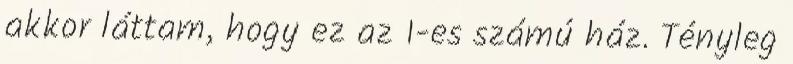
akkor láttam, hogy ez az 1-es számú ház. Tényleg